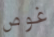
غوص